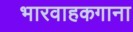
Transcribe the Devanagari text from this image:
भारवाहकगाना